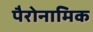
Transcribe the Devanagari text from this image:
पैरोनामिक